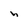
Character: h